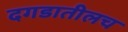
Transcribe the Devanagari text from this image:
दगडातीलच